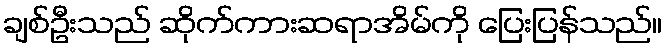
ချစ်ဦးသည် ဆိုက်ကားဆရာအိမ်ကို ပြေးပြန်သည်။